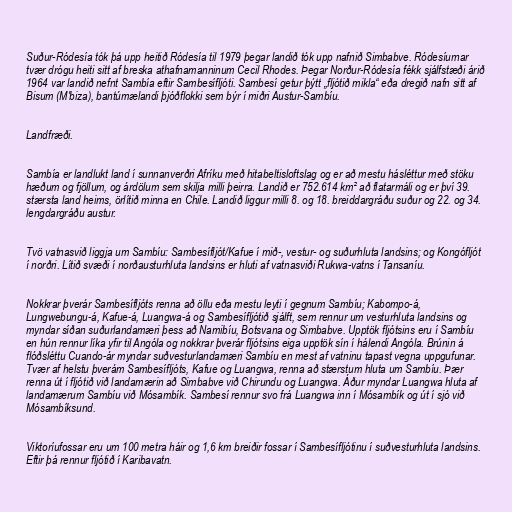
Suður-Ródesía tók þá upp heitið Ródesía til 1979 þegar landið tók upp nafnið Simbabve. Ródesíurnar
tvær drógu heiti sitt af breska athafnamanninum Cecil Rhodes. Þegar Norður-Ródesía fékk sjálfstæði árið
1964 var landið nefnt Sambía eftir Sambesífljóti. Sambesí getur þýtt „fljótið mikla“ eða dregið nafn sitt af
Bisum (M'biza), bantúmælandi þjóðflokki sem býr í miðri Austur-Sambíu.

Landfræði.

Sambía er landlukt land í sunnanverðri Afríku með hitabeltisloftslag og er að mestu hásléttur með stöku
hæðum og fjöllum, og árdölum sem skilja milli þeirra. Landið er 752.614 km² að flatarmáli og er því 39.
stærsta land heims, örlítið minna en Chile. Landið liggur milli 8. og 18. breiddargráðu suður og 22. og 34.
lengdargráðu austur.

Tvö vatnasvið liggja um Sambíu: Sambesífljót/Kafue í mið-, vestur- og suðurhluta landsins; og Kongófljót
í norðri. Lítið svæði í norðausturhluta landsins er hluti af vatnasviði Rukwa-vatns í Tansaníu.

Nokkrar þverár Sambesífljóts renna að öllu eða mestu leyti í gegnum Sambíu; Kabompo-á,
Lungwebungu-á, Kafue-á, Luangwa-á og Sambesífljótið sjálft, sem rennur um vesturhluta landsins og
myndar síðan suðurlandamæri þess að Namibíu, Botsvana og Simbabve. Upptök fljótsins eru í Sambíu
en hún rennur líka yfir til Angóla og nokkrar þverár fljótsins eiga upptök sín í hálendi Angóla. Brúnin á
flóðsléttu Cuando-ár myndar suðvesturlandamæri Sambíu en mest af vatninu tapast vegna uppgufunar.
Tvær af helstu þverám Sambesífljóts, Kafue og Luangwa, renna að stærstum hluta um Sambíu. Þær
renna út í fljótið við landamærin að Simbabve við Chirundu og Luangwa. Áður myndar Luangwa hluta af
landamærum Sambíu við Mósambík. Sambesí rennur svo frá Luangwa inn í Mósambík og út í sjó við
Mósambíksund.

Viktoríufossar eru um 100 metra háir og 1,6 km breiðir fossar í Sambesífljótinu í suðvesturhluta landsins.
Eftir þá rennur fljótið í Karibavatn.